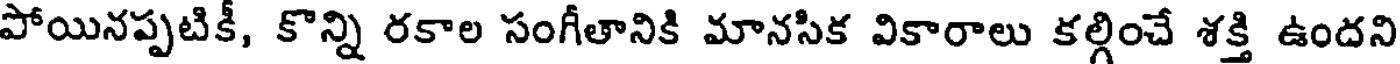
పోయినప్పటికీ, కొన్ని రకాల సంగీతానికి మానసిక వికారాలు కల్గించే శక్తి ఉందని